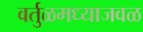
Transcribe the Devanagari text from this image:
वर्तुळमध्याजवळ